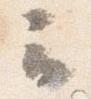
云